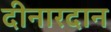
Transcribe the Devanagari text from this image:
दीनारदान